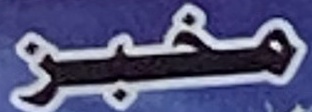
مخبز